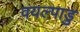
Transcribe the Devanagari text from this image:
वयल्पाडु